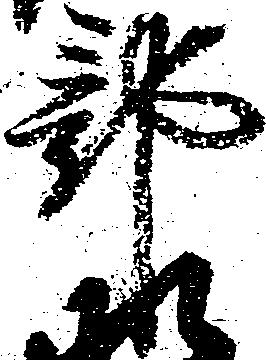
部